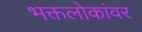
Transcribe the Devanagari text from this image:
भक्तलोकांवर